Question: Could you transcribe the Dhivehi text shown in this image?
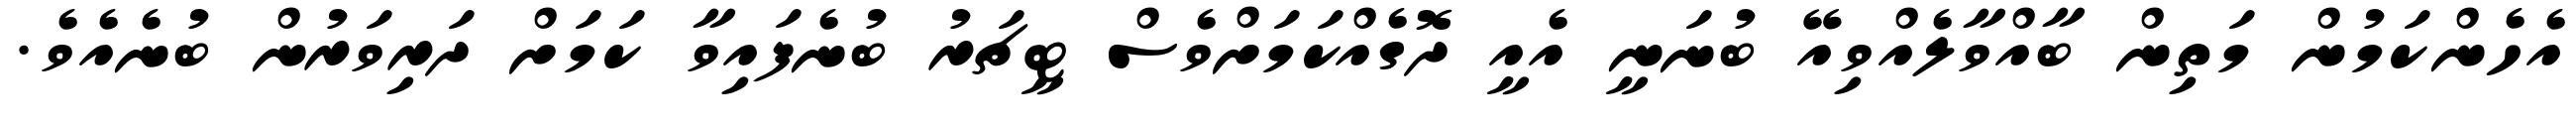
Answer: އެހެންކަމުން މަތިން ބާއްވާލެއްވިއޭ ބުނަނީ އެއީ ދޮގެއްކަމަށްވެސް ޓީޗަރު ބުނެފައިވާ ކަމަށް ދަރިވަރުން ބުނެއެވެ.